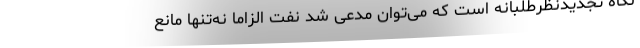
نگاه تجدیدنظرطلبانه است که می‌توان مدعی شد نفت الزاما نه‌تنها مانع